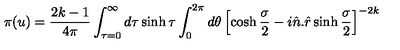
\pi ( u ) = \frac { 2 k - 1 } { 4 \pi } \int _ { \tau = 0 } ^ { \infty } d \tau \sinh \tau \int _ { 0 } ^ { 2 \pi } d \theta \left[ \cosh \frac { \sigma } { 2 } - i \hat { n } . \hat { r } \sinh \frac { \sigma } { 2 } \right] ^ { - 2 k }